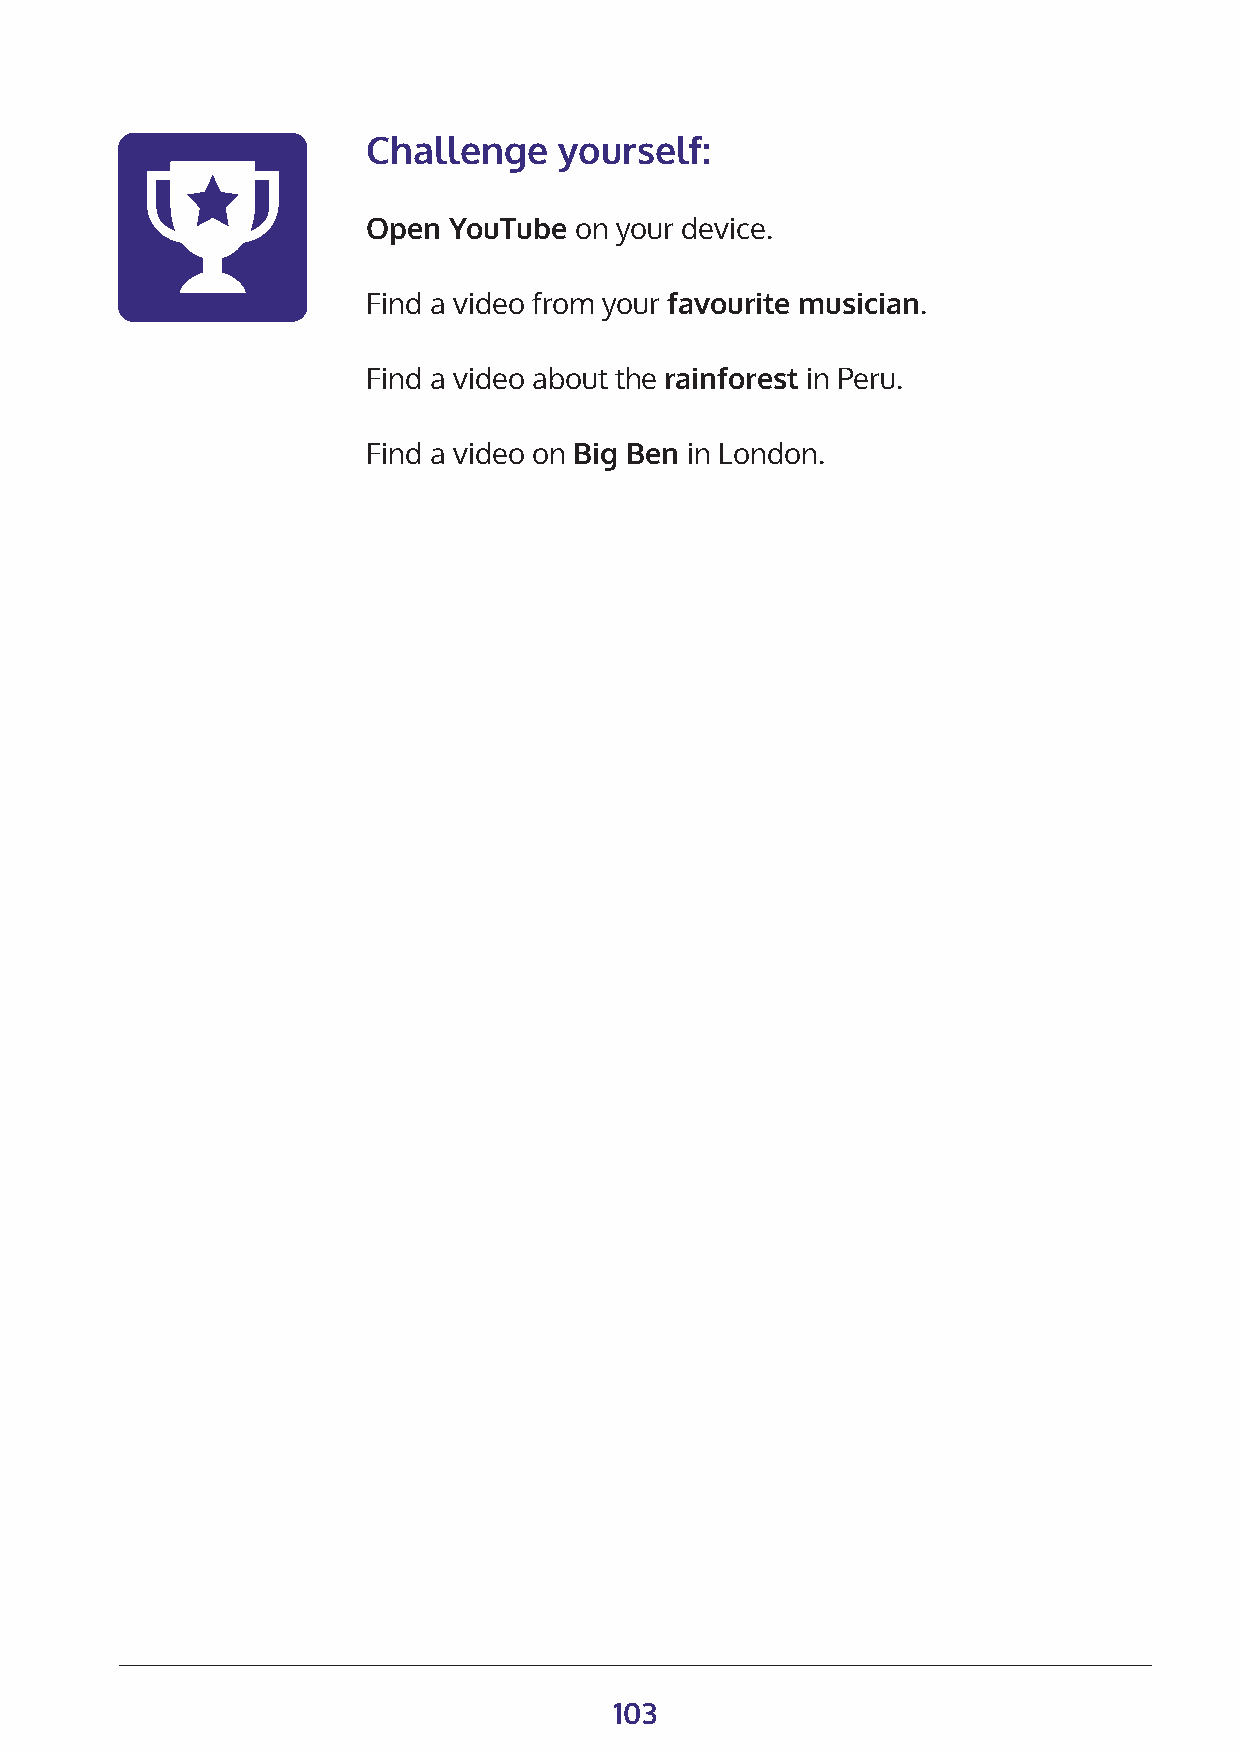
Challenge    yourself:
 Open  YouTube on your device.
 Find a video from your favourite musician.
 Find a video about the rainforest in Peru.
 Find a video on Big Ben in London.
 103